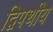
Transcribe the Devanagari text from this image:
द्विपथीय